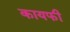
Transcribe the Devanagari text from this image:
कायफी